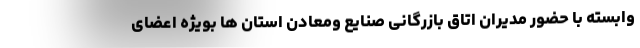
وابسته با حضور مدیران اتاق بازرگانی صنایع ومعادن استان ها بویژه اعضای